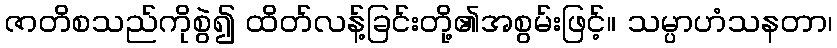
ဇာတိစသည်ကိုစွဲ၍ ထိတ်လန့်ခြင်းတို့၏အစွမ်းဖြင့်။ သမ္ပာဟံသနတာ၊